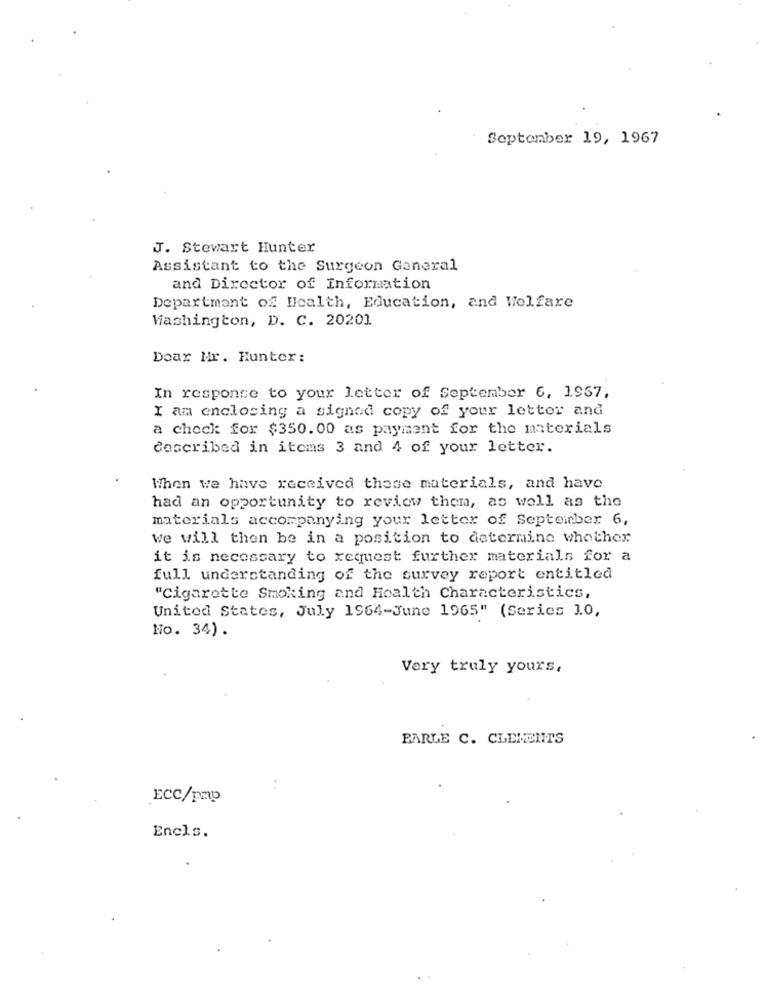
September 19, 1967
J. Stewart Hunter
Assistant to the Surgeon General
and Director of Information
Department of Health, Education, and Welfare
Washington, D. C. 20201
Dear Mr. Hunter:
In response to your letter of September 6, 1957,
I am enclosing a signed copy of your letter and
a check: for $350.00 as payment for the materials
described in items 3 and 4 of your letter.
When we have received these materials, and have
had an opportunity to review them, as well as the
materials accompanying your letter of September 6,
We will then be in a position to determine whether
it is necessary to request further materials for a
full understanding of the survey report entitled
"Cigarette Smoking and Health Characteristics,
United States, July 1964-June 1965" (Series 10,
No. 34).
Very truly yours,
PARLE C. CLEMENTS
:
ECC/pmp
Encls.